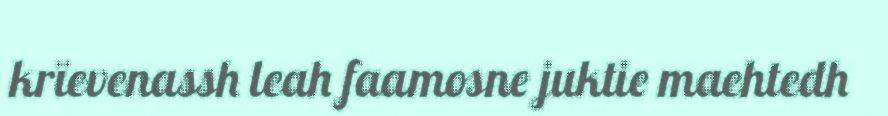
krïevenassh leah faamosne juktie maehtedh